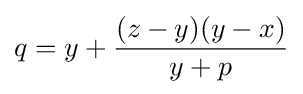
q=y+{\frac {(z-y)(y-x)}{y+p}}